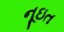
નૂઇત